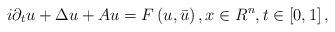
LaTeX: \begin{align*}i\partial _{t}u+\Delta u+Au=F\left( u,\bar{u}\right) ,x\in R^{n},t\in \left[ 0,1\right] , \end{align*}